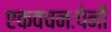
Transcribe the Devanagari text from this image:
एकवचनःपेनी